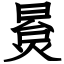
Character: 㬃